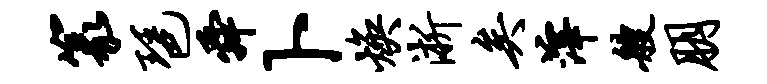
篆琶舜卜焕淅矣滓艘朋